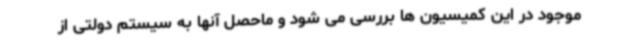
موجود در این کمیسیون ها بررسی می شود و ماحصل آنها به سیستم دولتی از